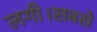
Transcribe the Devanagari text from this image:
लगी।सबसे